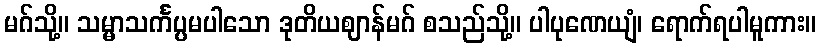
မဂ်သို့။ သမ္မာသင်္ကပ္ပမပါသော ဒုတိယဈာန်မဂ် စသည်သို့။ ပါပုဏေယျံ၊ ရောက်ရပါမူကား။